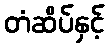
တံဆိပ်နှင့်